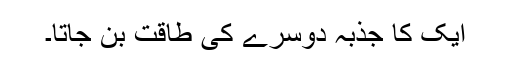
ایک کا جذبہ دوسرے کی طاقت بن جاتا۔